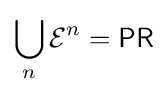
\bigcup _{n}{{\mathcal {E}}^{n}}={\mathsf {PR}}